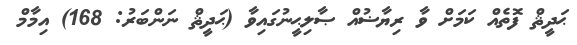
ޙަދީޘް ފޮތެއް ކަމަށް ވާ ރިޔާޟުއް ޞާލިޙީނުގައިވާ (ޙަދީޘް ނަންބަރު: 168) އިމާމް